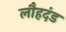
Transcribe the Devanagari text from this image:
लौहदंड